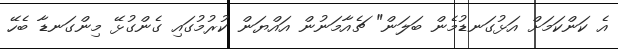
އެ ކަންކަމަށް އަޅުގަނޑުމެން ބަލަން" ޗެއާމަނުން އައްޔަން ކުރުމުގައި ގެންގުޅޭ މިންގަނޑާ ބެހޭ